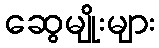
ဆွေမျိုးများ